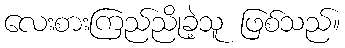
လေးစားကြည်ညိုခဲ့သူ ဖြစ်သည်။